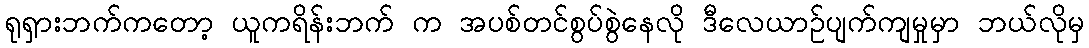
ရုရှားဘက်ကတော့ ယူကရိန်းဘက် က အပစ်တင်စွပ်စွဲနေလို ဒီလေယာဉ်ပျက်ကျမှုမှာ ဘယ်လိုမှ